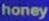
honey